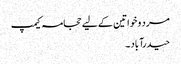
مرد و خواتین کے لیے حجامہ کیمپ
حیدرآباد ۔